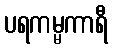
ပရကမ္မကာရီ